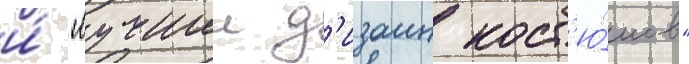
и́ "лучшии д'изаин кост'ю́мов"